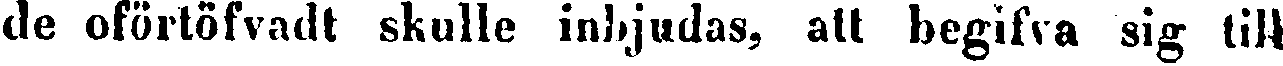
de oförtöfvadt skulle inbjudas, att begifva sig till